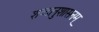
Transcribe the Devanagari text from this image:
शब्दानुशासनम्